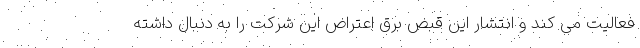
فعالیت می کند و انتشار این قبض برق اعتراض این شرکت را به دنبال داشته